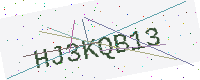
Text: HJ3KQB13